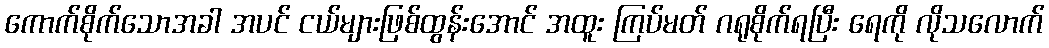
ကောက်စိုက်သောအခါ အပင် ငယ်များဖြစ်ထွန်းအောင် အထူး ကြပ်မတ် ဂရုစိုက်ရပြီး ရေကို လိုသလောက်